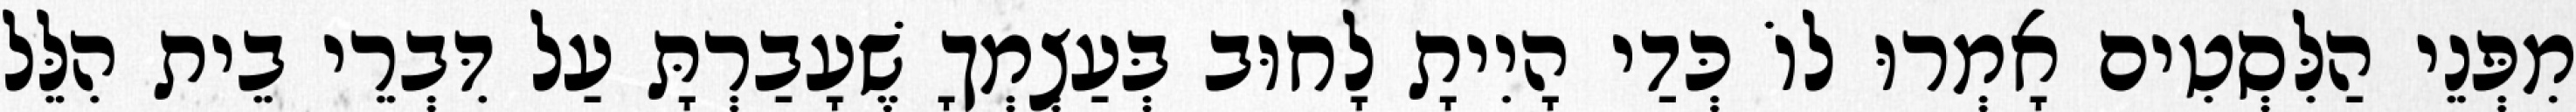
מִפְּנֵי הַלִּסְטִים אָמְרוּ לוֹ כְּדַי הָיִיתָ לָחוּב בְּעַצְמְךָ שֶׁעָבַרְתָּ עַל דִּבְרֵי בֵית הִלֵּל